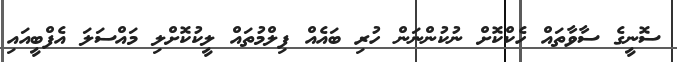
ސޮނީގެ ސާވާތައް ހެކްކޮށް ނުކުންނަން ހުރި ބައެއް ފިލްމުތައް ލީކުކޮށްލި މައްސަލަ އެފްބީއައި